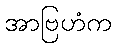
အာဗြဟံက